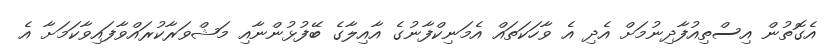
އެގޮތުން އިސްތިއުފާދިނުމަށް އެދި އެ ވާހަކަތައް އެމަނިކްފާނުގެ އާއިލާގެ ބޭފުޅުންނާއި މަޝްވަރާކުރައްވާފައިވާކަމަށާ އެ